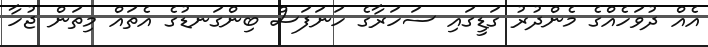
އެއް ދުވަހެއްގެ މެންދުރު ގަޑީގައި ސަހަރާގެ ހަނަފަސް ބިންގަނޑުގެ އެތައް މިތަން ޖުހާ